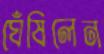
ঘেঁষিলেন